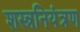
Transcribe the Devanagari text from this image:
शस्त्रनियंत्रण